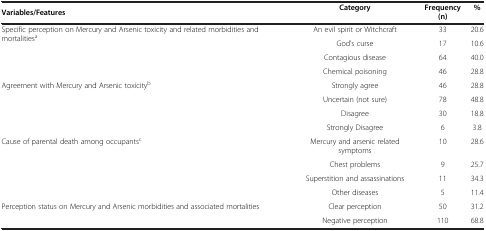
| Variables/Features | Category | Frequency(n) | % |
 | --- | --- | --- | --- |
 | <ROWSPAN=4> Specific perception on Mercury and Arsenic toxicity and related morbidities and mortalitiesa | An evil spirit or Witchcraft | 33 | 20.6 |
 | God’s curse | 17 | 10.6 |
 | Contagious disease | 64 | 40.0 |
 | Chemical poisoning | 46 | 28.8 |
 | <ROWSPAN=4> Agreement with Mercury and Arsenic toxicityb | Strongly agree | 46 | 28.8 |
 | Uncertain (not sure) | 78 | 48.8 |
 | Disagree | 30 | 18.8 |
 | Strongly Disagree | 6 | 3.8 |
 | <ROWSPAN=4> Cause of parental death among occupantsc | Mercury and arsenic related symptoms | 10 | 28.6 |
 | Chest problems | 9 | 25.7 |
 | Superstition and assassinations | 11 | 34.3 |
 | Other diseases | 5 | 11.4 |
 | Perception status on Mercury and Arsenic morbidities and associated mortalities | Clear perception | 50 | 31.2 |
 |  | Negative perception | 110 | 68.8 |